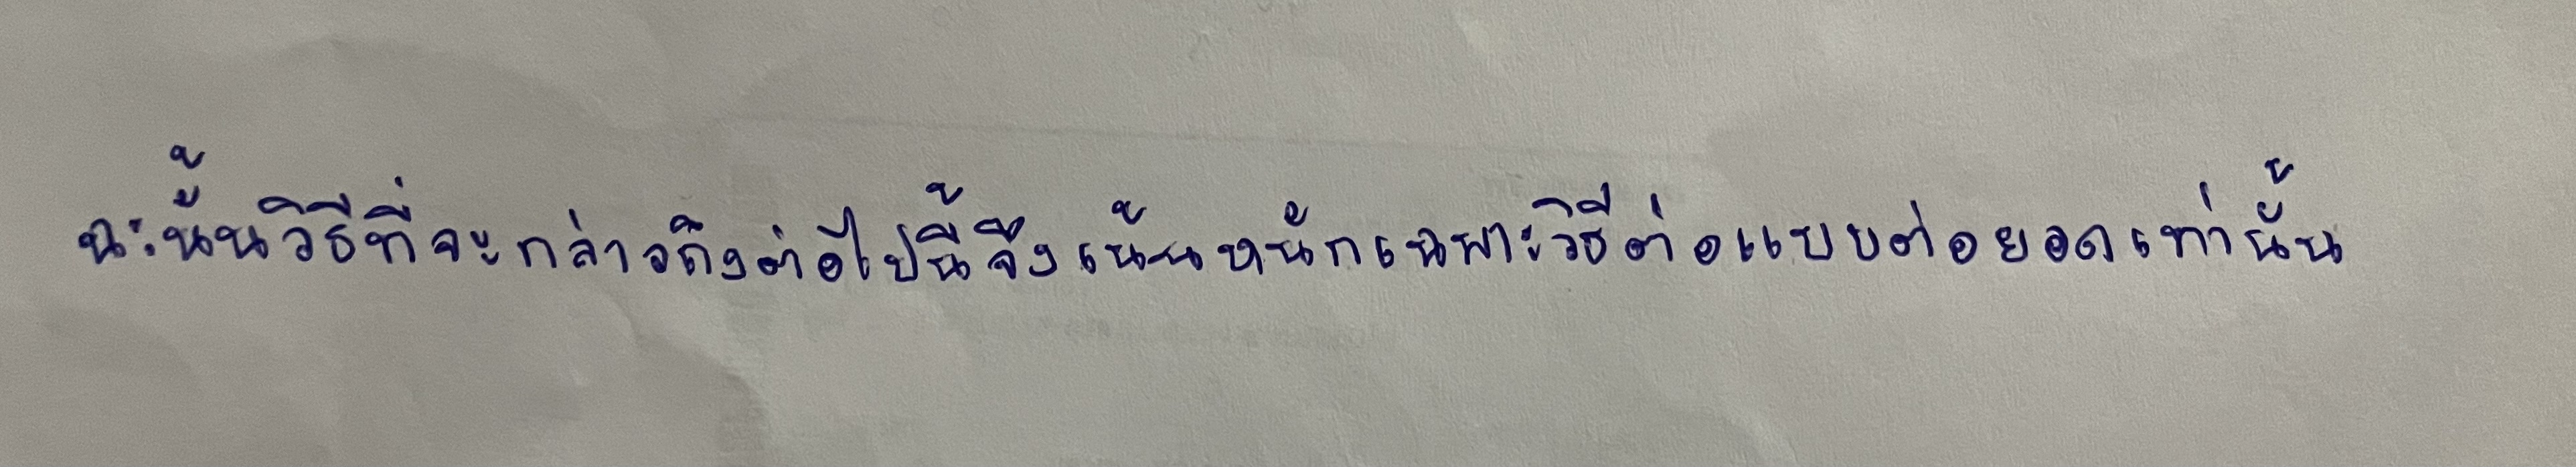
ฉะนั้นวิธีที่จะกล่าวถึงต่อไปนี้จึงเน้นหนักเฉพาะวิธีต่อแบบต่อยอดเท่านั้น